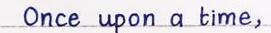
Once upon a time,